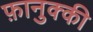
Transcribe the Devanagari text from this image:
फ़ानुक्की